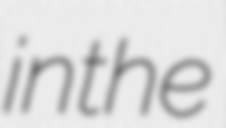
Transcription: in the